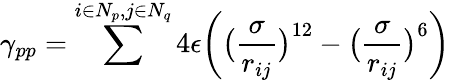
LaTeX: \gamma_{pp}=\sum^{i\in N_{p},j\in N_{q}}4\epsilon\bigg(\big(\frac{\sigma}{r_{ij}}\big)^{12}-\big(\frac{\sigma}{r_{ij}}\big)^{6}\bigg)